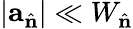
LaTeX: |\mathbf{a}_{\hat{\mathbf{n}}}|\ll W_{\hat{\mathbf{n}}}